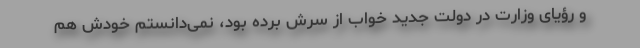
و رؤیای وزارت در دولت جدید خواب از سرش برده بود، نمی‌دانستم خودش هم